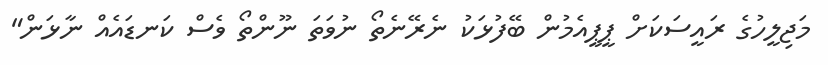
މަޖިލީހުގެ ރައީސަކަށް ޕީޕީއެމުން ބޭފުޅަކު ނެރޭނެތޯ ނުވަތަ ނޫންތޯ ވެސް ކަނޑައެއް ނާޅަން"